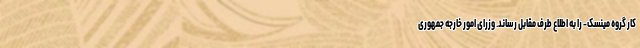
کار گروه مینسک- را به اطلاع طرف مقابل رساند. وزرای امور خارجه جمهوری